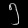
Digit: ၅